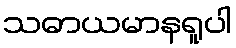
သဓာယမာနရူပါ